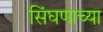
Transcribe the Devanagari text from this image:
सिंघणाच्या